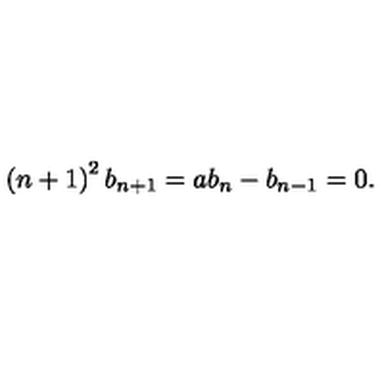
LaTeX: \left( n + 1 \right) ^ { 2 } b _ { n + 1 } = a b _ { n } - b _ { n - 1 } = 0 .